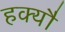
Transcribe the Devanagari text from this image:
हक्यौ